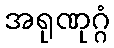
အရုဏုဂ္ဂံ